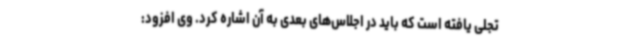
تجلی یافته است که باید در اجلاس‌های بعدی به آن اشاره کرد. وی افزود: